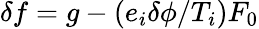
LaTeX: \delta f=g-(e_{i}\delta\phi/T_{i})F_{0}